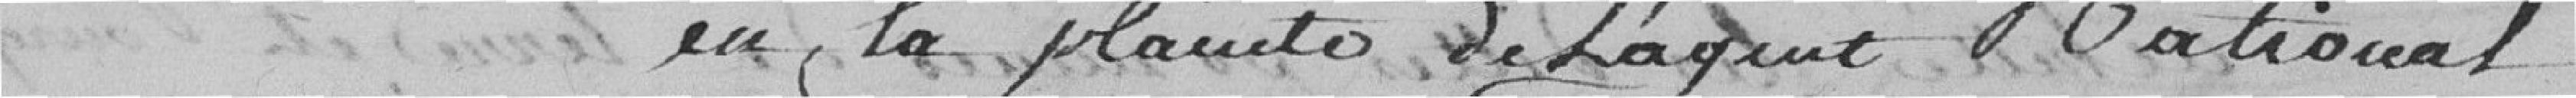
en la plainte de l'agent national.